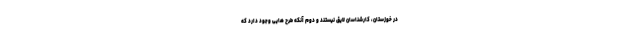
در خوزستان، کارشناسان لایق نیستند و دوم آنکه طرح هایی وجود دارد که